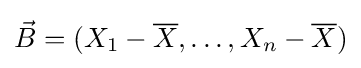
{\vec {B}}=(X_{1}-{\overline {X}},\ldots ,X_{n}-{\overline {X}})